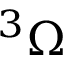
^ 3 \Omega